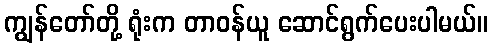
ကျွန်တော်တို့ ရုံးက တာဝန်ယူ ဆောင်ရွက်ပေးပါမယ်။